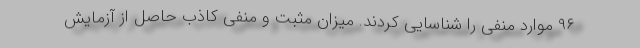
۹۶ موارد منفی را شناسایی کردند. میزان مثبت و منفی کاذب حاصل از آزمایش